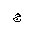
Letter: _gim